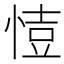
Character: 𢜳